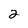
Character: 2